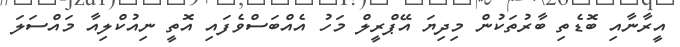
އީރާނާއި ބޮޑެތި ބާރުތަކުން މިދިޔަ އޭޕްރީލް މަހު އެއްބަސްވެފައި އޮތީ ނިއުކްލިއާ މައްސަލަ